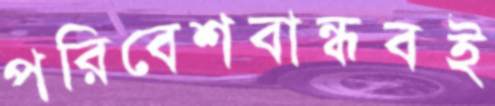
পরিবেশবান্ধবই